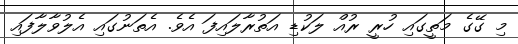
މި ގޭގެ މަތީގައި ހުރީ ރުއް ލަކުޑި އަތުރާލައިފަ އެވެ. އެތަނުގައި އެލުވާލާފައި